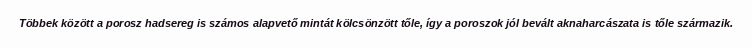
Többek között a porosz hadsereg is számos alapvető mintát kölcsönzött tőle, így a poroszok jól bevált aknaharcászata is tőle származik.